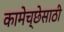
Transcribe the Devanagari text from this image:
कामेच्छेसाठी